Annual report of the Punjab Veterinary College and of the Civil Veterinary Department, Punjab - 1926-1932
Year: 1926
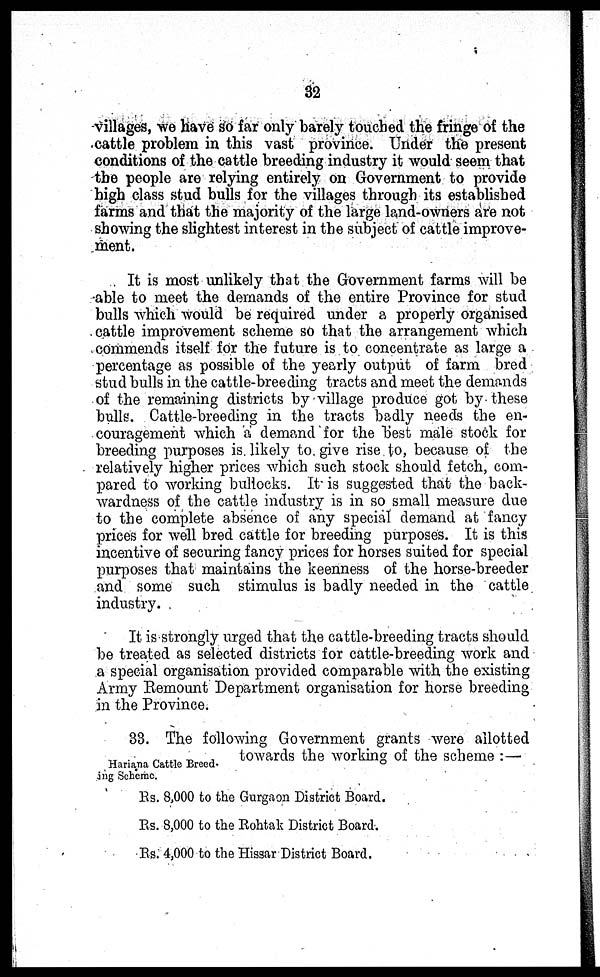
32
villages, we have so far only barely touched the fringe of the
cattle problem in this vast province. Under the present
conditions of the cattle breeding industry it would seem that
the people are relying entirely on Government to provide
high class stud bulls for the villages through its established
farms and that the majority of the large land-owners are not
showing the slightest interest in the subject of cattle improve-
ment.
It is most unlikely that the Government farms will be
able to meet the demands of the entire Province for stud
bulls which would be required under a properly organised
cattle improvement scheme so that the arrangement which
commends itself for the future is to concentrate as large a
percentage as possible of the yearly output of farm bred
stud bulls in the cattle-breeding tracts and meet the demands
of the remaining districts by village produce got by these
bulls. Cattle-breeding in the tracts badly needs the en-
couragement which a demand for the best male stock for
breeding purposes is likely to give rise to, because of the
relatively higher prices which such stock should fetch, com-
pared to working bullocks. It is suggested that the back-
wardness of the cattle industry is in so small measure due
to the complete absence of any special demand at fancy
prices for well bred cattle for breeding purposes. It is this
incentive of securing fancy prices for horses suited for special
purposes that maintains the keenness of the horse-breeder
and some such stimulus is badly needed in the cattle
industry.
It is strongly urged that the cattle-breeding tracts should
be treated as selected districts for cattle-breeding work and
a special organisation provided comparable with the existing
Army Remount Department organisation for horse breeding
in the Province.
Hariana Cattle Breed.
ing Scheme.
33. The following Government grants were allotted
Hariana Cattle Breed. towards the working of the scheme : —
Rs. 8,000 to the Gurgaon District Board.
Rs. 8,000 to the Rohtak District Board.
Rs. 4,000 to the Hissar District Board.